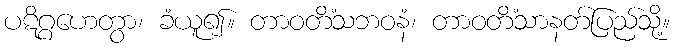
ပဋိဂ္ဂဟေတွာ၊ ခံယူ၍။ တာဝတိံသဘဝနံ၊ တာဝတိံသာနတ်ပြည်သို့။